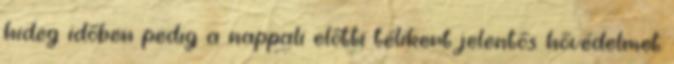
hideg időben pedig a nappali előtti télikert jelentős hővédelmet